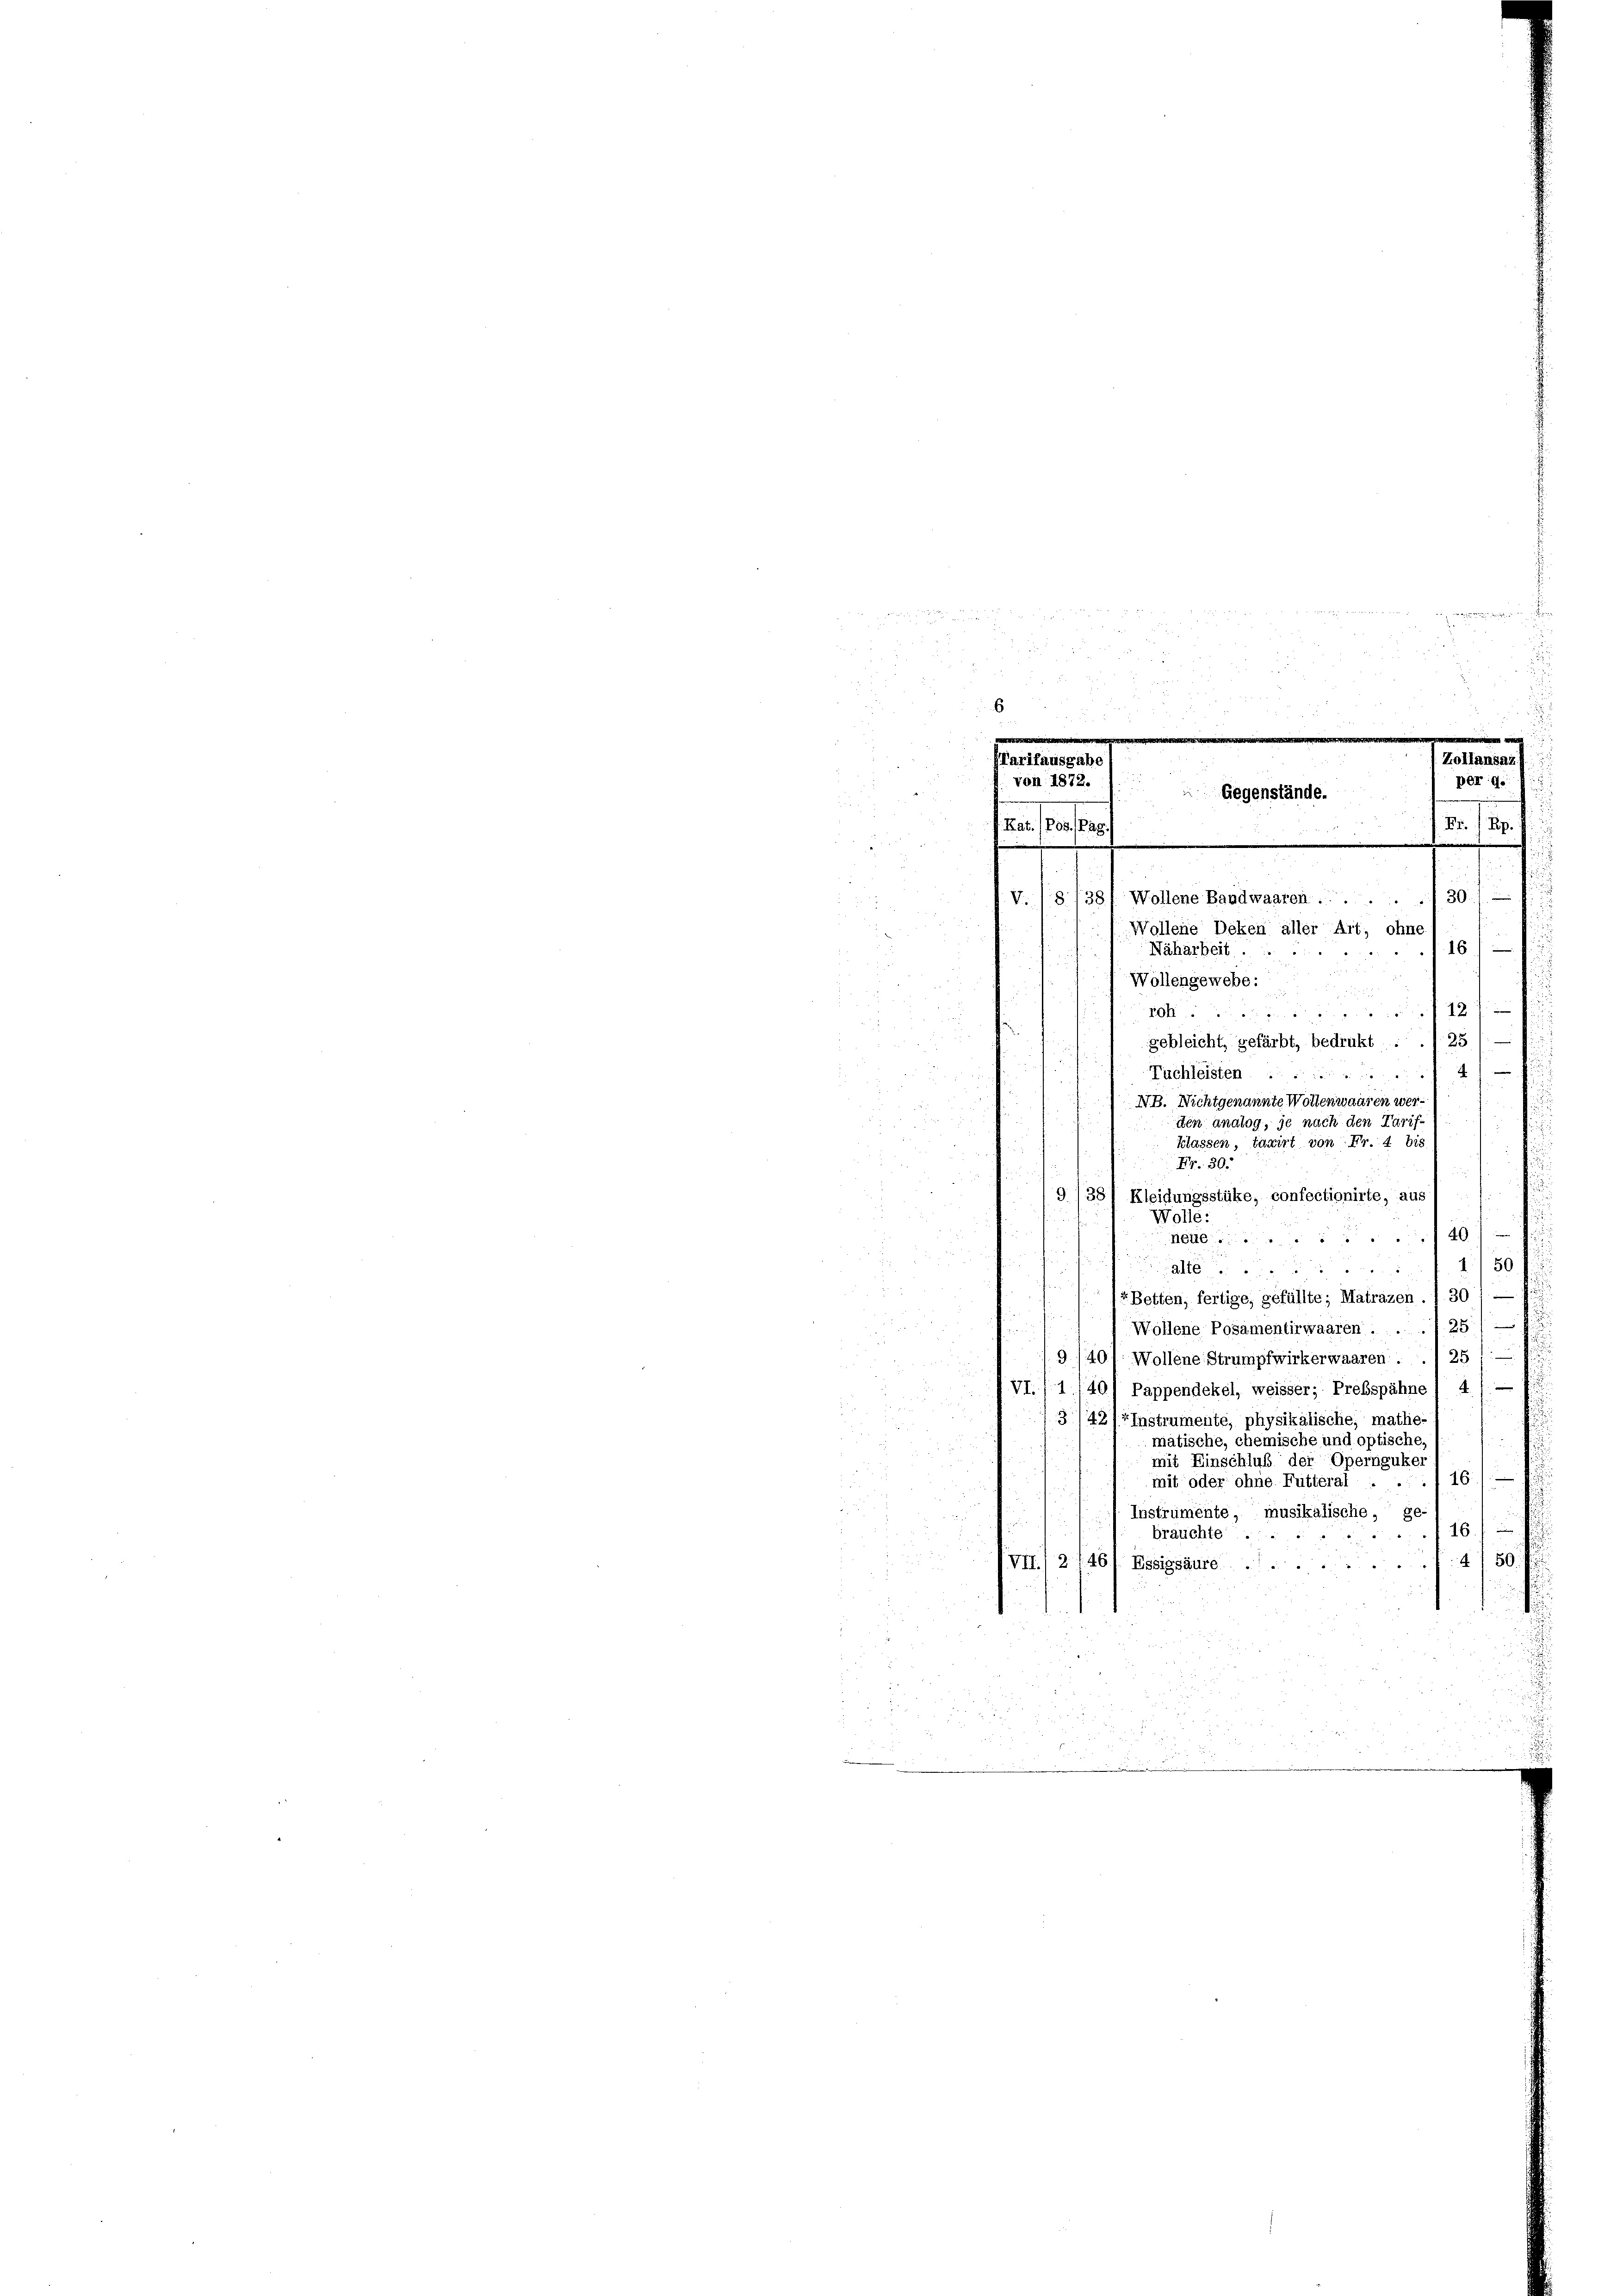
Tarifausgabt
von 1872.

Rat. (Pos. Pag.

Gegenstände.

v. 18. 138, Wollene Baudwaaren 30./
Näharbeit.
16
Tuchleisten
NB. Nichtgenannte Woltenwaaren werden analog, je nach den Tarif
f
klassen, taxirt von Fr. 4 bis
Fr. 30.
9/381 Kleidungsstüke, confectionirte, aus 1
Wolle:
édé...) 40
310 . . . . . . 250 f
Betten, fertige, gefüllte; Matrazen ./ 301 —
Wollene Posamentirwaaren . . . 25
9/40/ Wollene Strumpfwirkerwaaren . . . 25
VI./1 140) Pappendekel, weisser; Prebsspähne 1 4
342/r Instrumente, physikalische, mathe-
mätische, chemische und optische
mit Einschluß der Opernguker
116.
mit oder ohne Futteral
" Instrumente musikalische, ge
16.
brauchte .
d. 8. 180
IVII, 2, 461 Essigsäure

Wollene Deken aller Art, ohne
Wollengewebe.

ro. 12
gebleicht, gefärbt, bedrukt . 1 25

e

Zollansaz
per 9.
d.
s